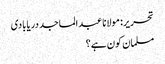
تحریر: مولانا عبد الماجد دریابادی
مسلمان کون ہے؟